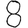
Digit: 8